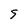
Character: 5